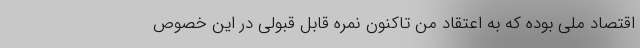
اقتصاد ملی بوده که به اعتقاد من تاکنون نمره قابل قبولی در این خصوص